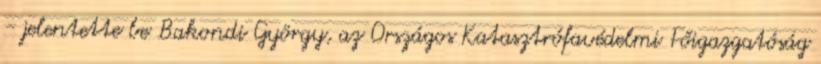
- jelentette be Bakondi György, az Országos Katasztrófavédelmi Főigazgatóság